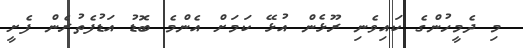
މި ދެމީހުންގެ ކައިވެނި ރޫޅެން އުޅޭ ކަމަށް އެންމެ ބޮޑު އަޑުފެތުރެން ފެށީ